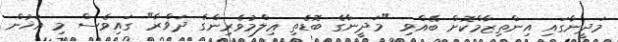
މަދީނާގައި އިންތިޒާމްކޮށް ބޭއްވި "މަދީނާގެ ބޮޑެތި ޢިލްމުވެރިންގެ ދަޥްރާ" ގައިވެސް މި އަޚުން